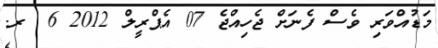
މަޑުއްވަރި ވެސް ފެނަށް ޖެހިއްޖެ 07 އެޕްރީލް 2012 6  ރ.